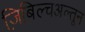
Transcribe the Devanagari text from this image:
ज़िबिल्चअल्तून